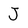
Character: J